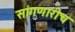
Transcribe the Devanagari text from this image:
सांगणारीच